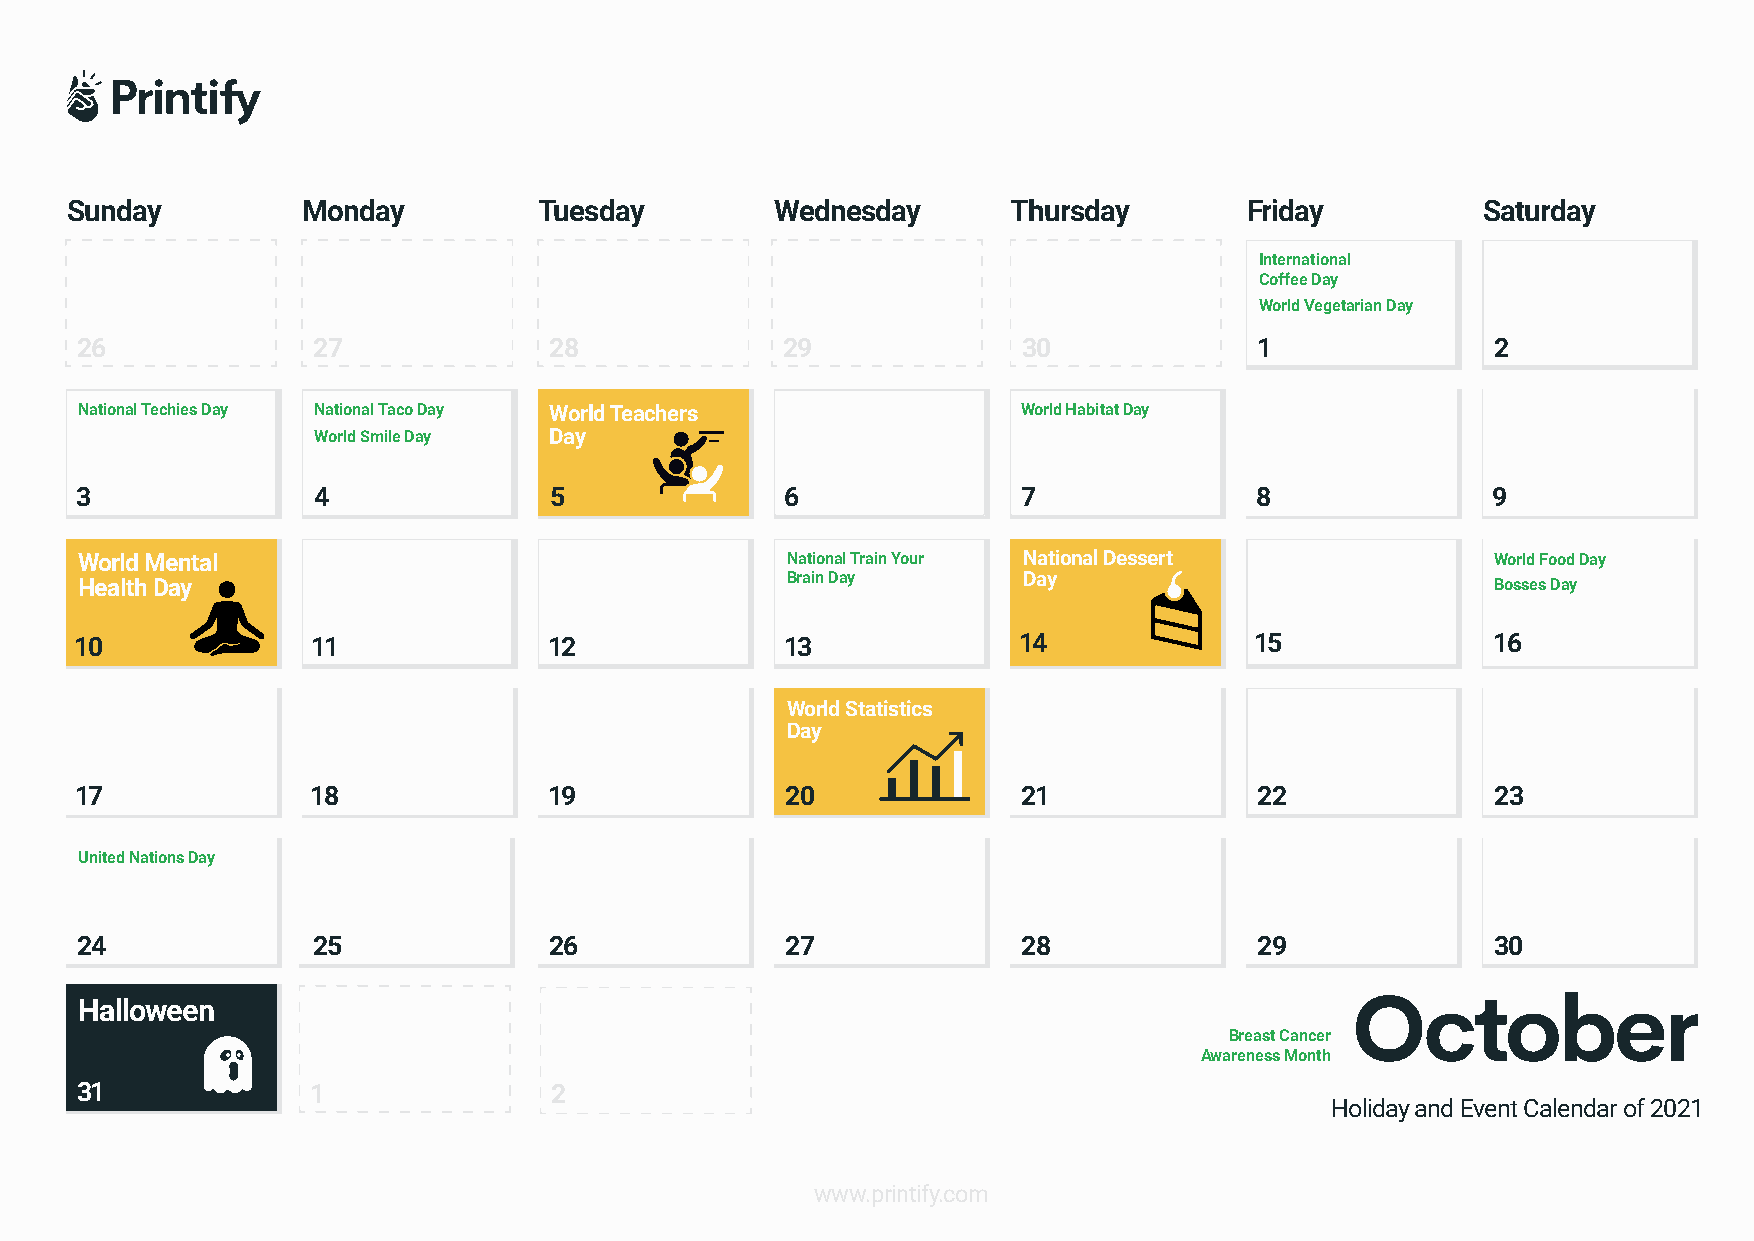
Sunday          Monday          Tuesday        Wednesday       Thursday        Friday         Saturday
 International
 Coffee Day
 World Vegetarian Day
 26              27             28              29              30             1               2
 National Techies Day National Taco Day World Teachers          World Habitat Day
 World Smile Day Day
 3               4              5               6               7              8               9
 World Mental                                   National Train Your National Dessert           World Food Day
 Brain Day       Day
 Health Day                                                                                    Bosses Day
 10              11             12              13             14              15              16
 World Statistics
 Day
 17              18             19              20              21             22              23
 United Nations Day
 24              25             26              27              28             29              30
 Halloween
 Breast Cancer
 Awareness Month
 31              1              2
 Holiday and Event Calendar of 2021
 www.printify.com